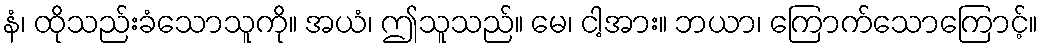
နံ၊ ထိုသည်းခံသောသူကို။ အယံ၊ ဤသူသည်။ မေ၊ ငါ့အား။ ဘယာ၊ ကြောက်သောကြောင့်။